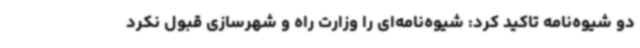
دو شیوه‌نامه تاکید کرد: شیوه‌نامه‌ای را وزارت راه و شهرسازی قبول نکرد